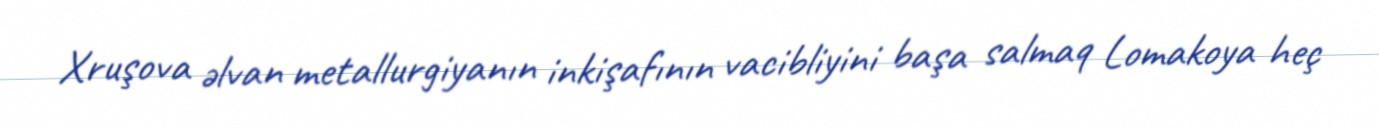
Xruşova əlvan metallurgiyanın inkişafının vacibliyini başa salmaq Lomakoya heç